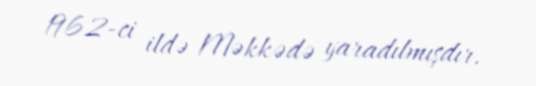
1962-ci ildə Məkkədə yaradılmışdır.